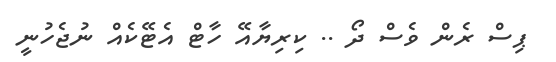
ޕިސް ރެން ވެސް ދޯ .. ކިރިޔާއޭ ހާޓް އެޓޭކެއް ނުޖެހުނީ